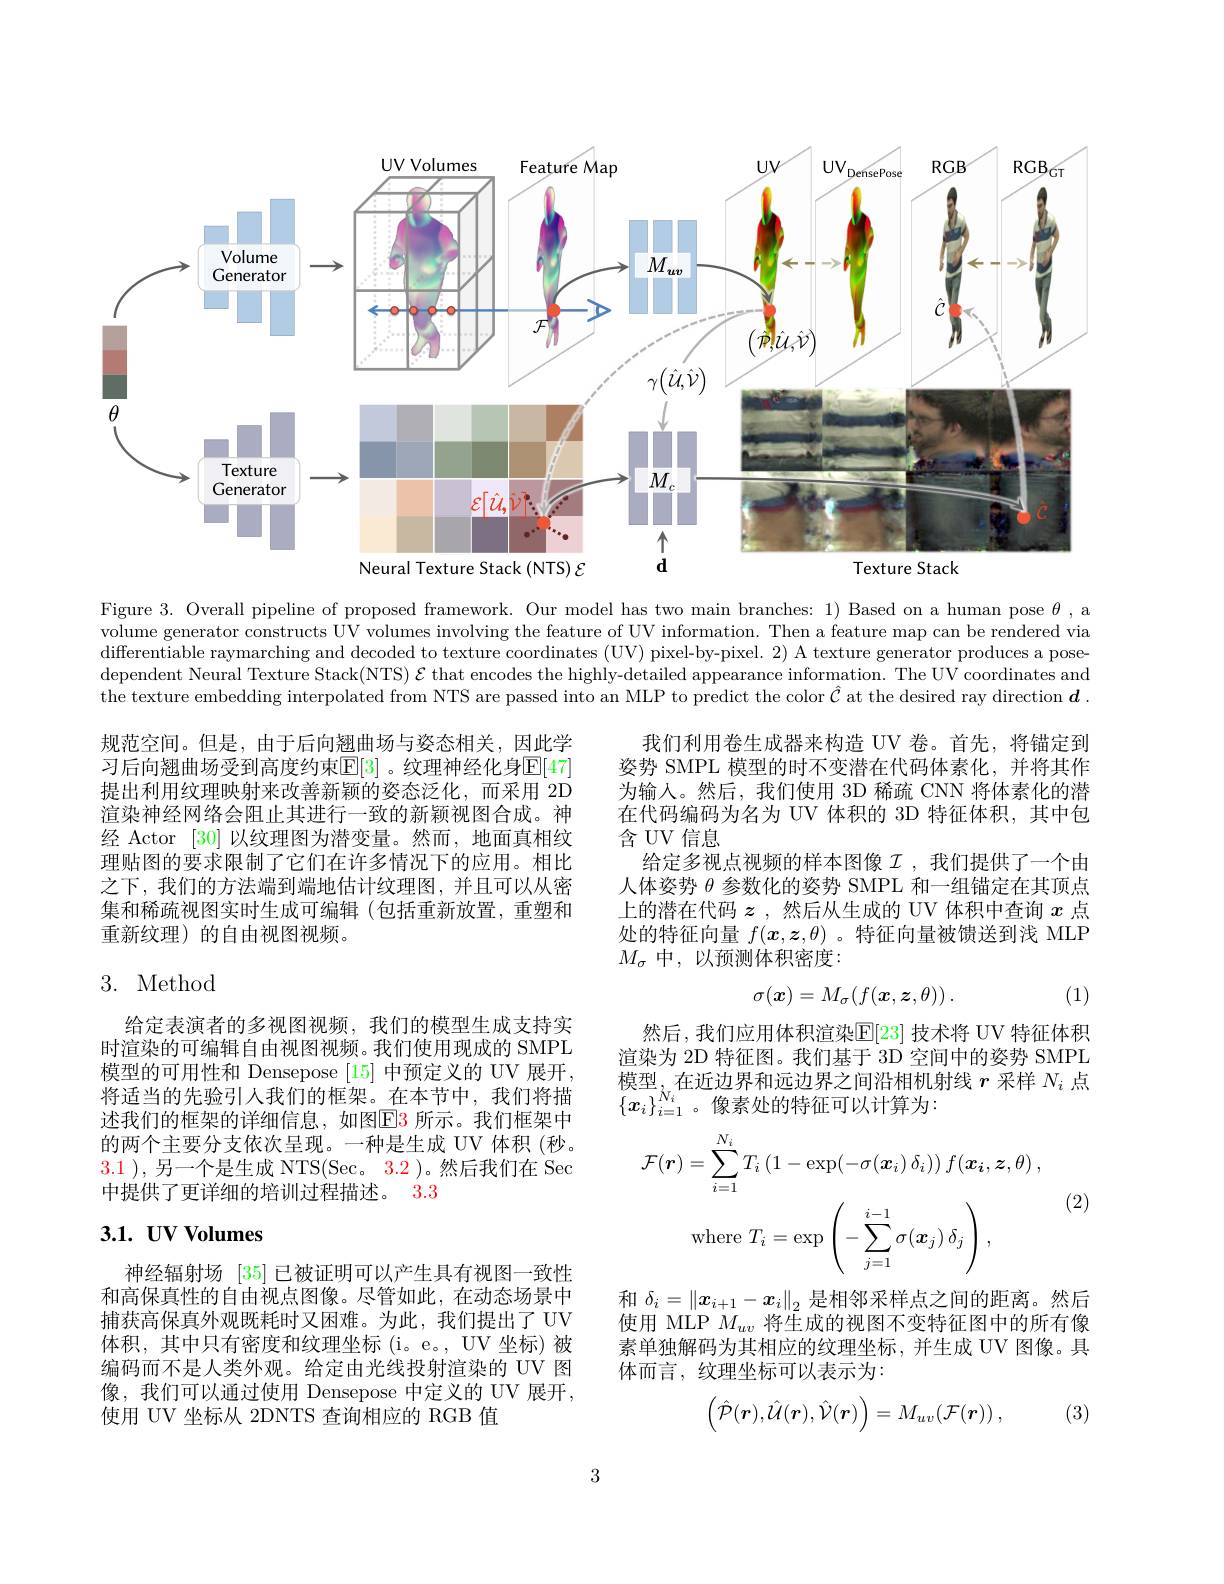
<FigureHere>

Figure 3. Overall pipeline of proposed framework. Our model has two main branches: 1) Based on a human pose $\theta$, a volume generator constructs UV volumes involving the feature of UV information. Then a feature map can be rendered via differentiable raymarching and decoded to texture coordinates (UV) pixel-by-pixel. 2) A texture generator produces a posedependent Neural Texture Stack(NTS) $\mathcal{E}$ that encodes the highly-detailed appearance information. The UV coordinates and the texture embedding interpolated from NTS are passed into an MLP to predict the color $\hat{\mathcal{C}}$ at the desired ray direction $\boldsymbol{d}.$

规范空间。但是，由于后向翘曲场与姿态相关，因此学习后向翘曲场受到高度约束$\mathbb{E}[3]$ 。纹理神经化身$\mathbb{E}[47]$ 提出利用纹理映射来改善新颖的姿态泛化，而采用 2D 渲染神经网络会阻止其进行一致的新颖视图合成。神经 Actor [30]以纹理图为潜变量。然而，地面真相纹理贴图的要求限制了它们在许多情况下的应用。相比之下，我们的方法端到端地估计纹理图，并且可以从密集和稀疏视图实时生成可编辑(包括重新放置，重塑和重新纹理)的自由视图视频。

我们利用卷生成器来构造 UV 卷。首先，将锚定到姿势 SMPL 模型的时不变潜在代码体素化，并将其作为输入。然后，我们使用 3D 稀疏 CNN 将体素化的潜在代码编码为名为 UV 体积的 3D 特征体积，其中包含 UV 信息
给定多视点视频的样本图像$\mathcal{I}$ ,我们提供了一个由人体姿势$\theta$参数化的姿势 SMPL 和一组锚定在其顶点上的潜在代码$z$ ,然后从生成的 UV 体积中查询$x$点处的特征向量$f(\boldsymbol{x},\boldsymbol{z},\theta)$ 。特征向量被馈送到浅 MLP $M_\sigma$中，以预测体积密度：

# 3. Method
$$\sigma(\boldsymbol{x})=M_\sigma(f(\boldsymbol{x},\boldsymbol{z},\theta))\:.$$
(1)

然后，我们应用体积渲染$\overline{\mathbb{E}}[23]$ 技术将 UV 特征体积渲染为 2D 特征图。我们基于 3D 空间中的姿势 SMPL 模型，在近边界和远边界之间沿相机射线 $r$ 采样 $N_i$ 点$\{\boldsymbol{x}_i\}_{i=1}^{N_i}$。像素处的特征可以计算为：

给定表演者的多视图视频，我们的模型生成支持实时渲染的可编辑自由视图视频。我们使用现成的 SMPL 模型的可用性和 Densepose [15] 中预定义的 UV 展开， 将适当的先验引人我们的框架。在本节中，我们将描述我们的框架的详细信息，如图$\color{red}{\mathrm{E}}\color{blue}{\mathrm{3}}$ 所示。我们框架中的两个主要分支依次呈现。一种是生成 UV 体积(秒。3.1 ),另一个是生成 NTS(Sec。$\color{red}{3.2}$ )。然后我们在 Sec 中提供了更详细的培训过程描述。3.3

(2)
$$\mathcal{F}(\boldsymbol{r})=\sum_{i=1}^{N_{i}}T_{i}\left(1-\exp(-\sigma(\boldsymbol{x}_{i})\:\delta_{i})\right)f(\boldsymbol{x}_{\boldsymbol{i}},\boldsymbol{z},\theta)\:,\\\mathrm{where}\:T_{i}=\exp\left(-\sum_{j=1}^{i-1}\sigma(\boldsymbol{x}_{j})\:\delta_{j}\right),$$
# 3.1. UV Volumes

和$\delta_i=\left\|x_{i+1}-x_i\right\|_2$是相邻采样点之间的距离。然后使用 MLP $M_{uv}$将生成的视图不变特征图中的所有像素单独解码为其相应的纹理坐标，并生成 UV 图像。具体而言，纹理坐标可以表示为：

神经辐射场 [35] 已被证明可以产生具有视图一致性和高保真性的自由视点图像。尽管如此，在动态场景中捕获高保真外观既耗时又困难。为此，我们提出了 UV 体积，其中只有密度和纹理坐标(i。e。,UV 坐标)被编码而不是人类外观。给定由光线投射渲染的 UV 图像，我们可以通过使用 Densepose 中定义的 UV 展开， 使用 UV 坐标从 2DNTS 查询相应的 RGB 值
$$\begin{pmatrix}\hat{\mathcal P}(\boldsymbol{r}),\hat{\mathcal U}(\boldsymbol{r}),\hat{\mathcal V}(\boldsymbol{r})\end{pmatrix}=M_{uv}(\mathcal{F}(\boldsymbol{r}))\:,$$
(3)

3